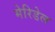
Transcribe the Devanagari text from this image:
मेरिडेल